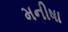
મનીષા